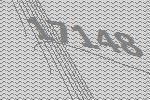
17148